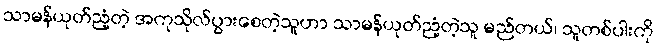
သာမန်ယုတ်ညံ့တဲ့ အကုသိုလ်ပွားစေတဲ့သူဟာ သာမန်ယုတ်ညံ့တဲ့သူ မည်တယ်၊ သူတစ်ပါးကို